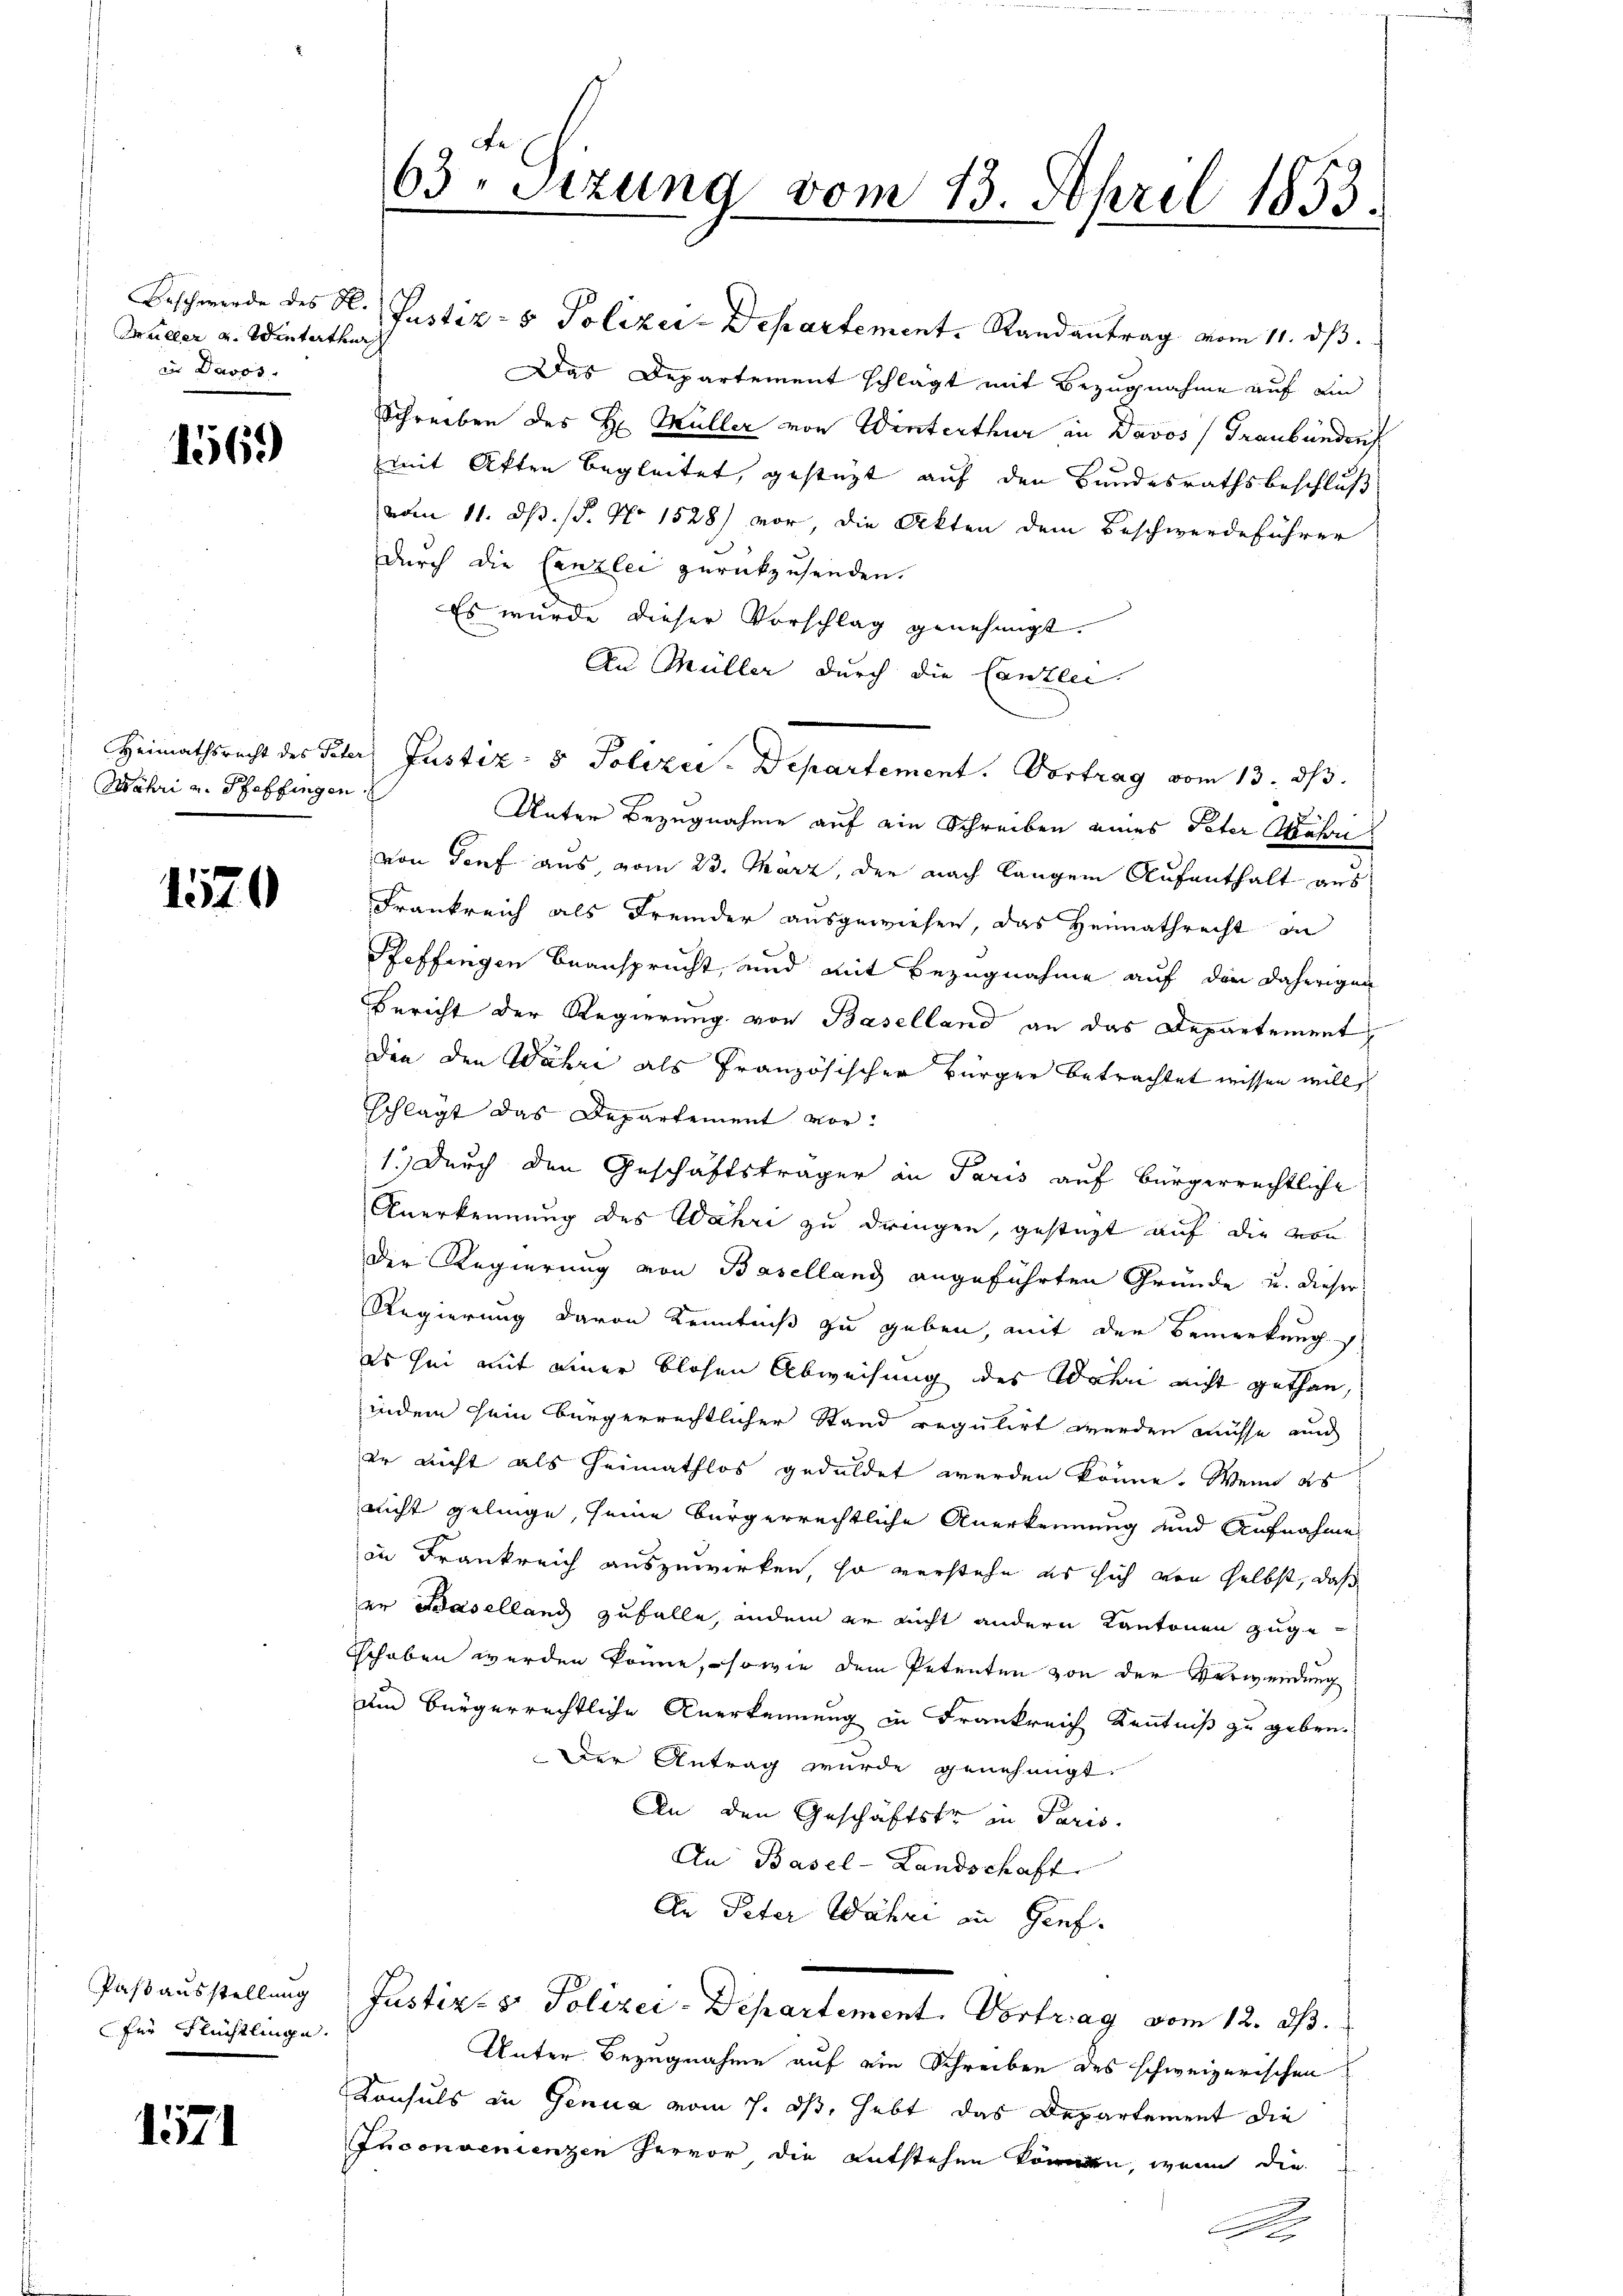
Müller v. Winterthur
in Davos.

1569

Wehri u. Pfaffingen.

1570

Passausstellung
für Flüchtlinge.

1571

63. Sizung vom 13. April 1853.

Beschwerde des H. Pustiz- & Polizer-Departement. Randantrag vom 11. dβ.
Das Departement schlägt mit Bezugnahme auf ein
Schreiben des H. Müller von Winterthur in Davos (Graubünden
mit Akten begleitet, gestüzt auf den Bundesrathsbeschluß
vom 11. ds. (T. No 1528) vor, die Akten dem Beschwerdeführer
durch die Canzlei zurückzusenden.
Es wurde dieser Vorschlag genehmigt.
An Müller durch die Canzlei.
Unter Bezugnahme auf ein Schreiben eines Peter Matri
von Torf aus, vom 23. März, der nach langem Aufenthalt aus
Frankreich als Fremder ausgewiesen, das Heimathrecht an
Pfeffingen beansprucht, und mit Bezugnahme auf die daherigen
Bericht der Regierung von Baselland an das Departement,
dee den Wahre als französischer Bürger betrachtet wissen will,
schlägt das Departement vor:
1.) Durch den Geschäftsträger an Paris auf bürgerrechtliche
Anerkennung des Wahri zu dringen, gestatt auf die von
Der Regierung von Baselland angeführten Gründe u. dieser
Regierung davon Kenntniß zu geben, mit der Bemerkung
es sei mit einer blosen Abweisung des Wahri nicht gethan,
indem sein bürgerrechtlicher Stand regulirt werden müsse auch
er nicht als Heimathlos geduldet werden könne. Wenn es
nicht gelinge, seine bürgerrechtliche Anerkennung und Aufnahme
in Frankreich auszuwirken, so verstehe es sich von selbst, daß
er Baselland zufalle, andem er nicht andern Kantonen zugeschoben werden könne, sowie dem Petenten von der Verwendung
Um bürgerrechtliche Anerkennung in Frankreich Kenntniß zu geben.
Der Antrag wurde genehmigt.
An den Geschäftster in Paris.
An Basel-Landschaft
An Peter Jahre in Genf.
Justiz- & Polizei-Departement. Vortrag vom 12. ds.
Unter Bezugnahme auf ein Schreiben des schweizerischen
Konsuls in Genua vom 7. dß, hebt das Departement die
Inconvenienzen hervor, die entstehen können, wenn die

Heimathsrecht des Peter Justiz- & Polizei-Departement. Vortrag vom 13. dβ.

2